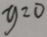
y = 0